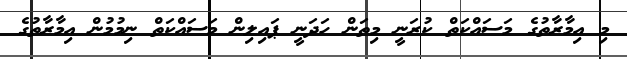
މި އިމާރާތުގެ މަސައްކަތް ކުރަނީ މިތަން ހަދަނީ ޕައިލިން މަސައްކަތް ނިމުމުން އިމާރާތުގެ